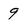
Character: 9